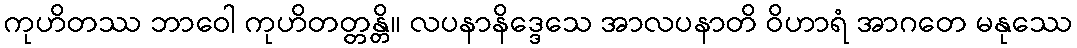
ကုဟိတဿ ဘာဝေါ ကုဟိတတ္တန္တိ။ လပနာနိဒ္ဒေသေ အာလပနာတိ ဝိဟာရံ အာဂတေ မနုဿေ